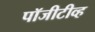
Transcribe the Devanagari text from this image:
पॉजीटीव्ह